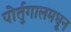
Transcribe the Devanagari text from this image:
पोर्तुगालमधून